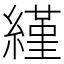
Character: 䌍